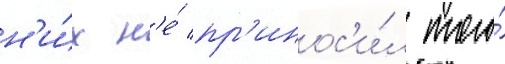
н'и́х н'е́ пр'инос'и́л того́